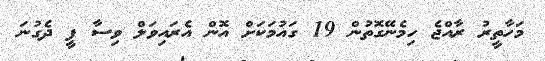
މަހާތީރު ރާއްޖެ ހިމެނޭގޮތުން 19 ގައުމަކަށް އޮން އެރައިވަލް ވިސާ ފީ ދެގުނަ